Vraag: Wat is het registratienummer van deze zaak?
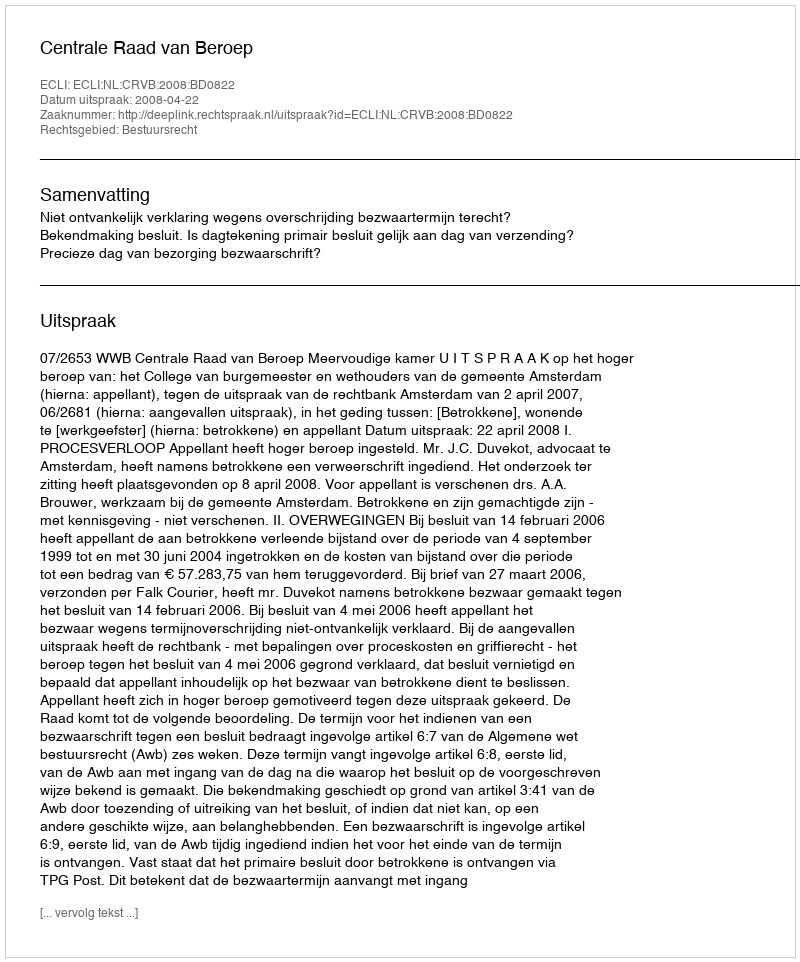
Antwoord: http://deeplink.rechtspraak.nl/uitspraak?id=ECLI:NL:CRVB:2008:BD0822